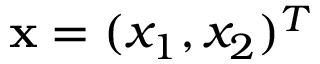
\mathbf { x } = ( x _ { 1 } , x _ { 2 } ) ^ { T }